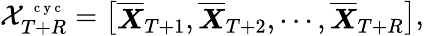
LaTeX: \mathcal X_{T+R}^{\mathrm{~\scriptsize~c~y~c~}}=\left[\begin{array}{l}{\overline{{\boldsymbol X}}_{T+1},\overline{{\boldsymbol X}}_{T+2},\cdots,\overline{{\boldsymbol X}}_{T+R}}\end{array}\right],